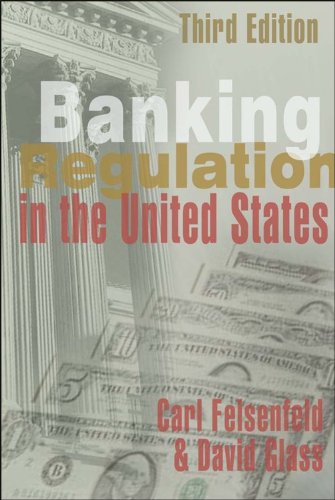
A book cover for Banking Regulation in the United States 3rd Edition; Carl Felsenfeld; Law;